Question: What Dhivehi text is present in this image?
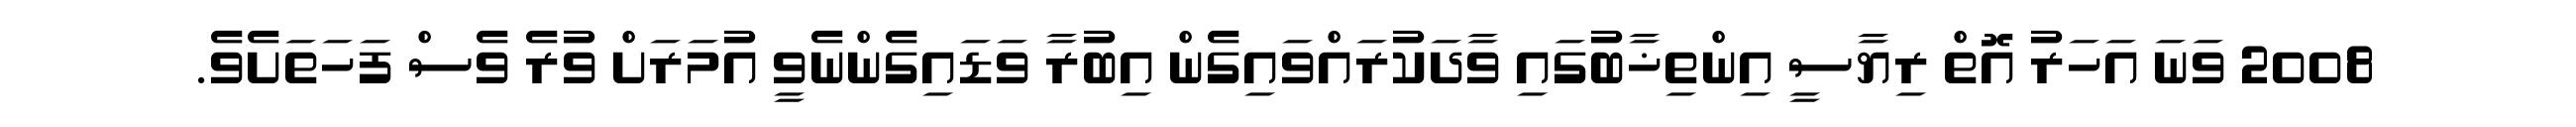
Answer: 2008 ވަނަ އަހަރު އޮތް ރިޔާސީ އިންތިޚާބުގައި ވާދަކުރައްވައިގެން އިބުރާ ވަޑައިގެންނެވީ އުމަރަށް ވުރެ ވެސް ފަހަތަށެވެ.